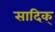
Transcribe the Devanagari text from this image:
सादिक्